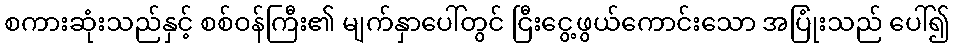
စကားဆုံးသည်နှင့် စစ်ဝန်ကြီး၏ မျက်နှာပေါ်တွင် ငြီးငွေ့ဖွယ်ကောင်းသော အပြုံးသည် ပေါ်၍